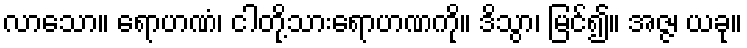
လာသော။ ရောဟဏံ၊ ငါတို့သားရောဟဏကို။ ဒိသွာ၊ မြင်၍။ အဇ္ဇ၊ ယခု။